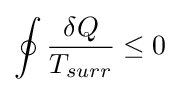
\oint {\frac {\delta Q}{T_{surr}}}\leq 0